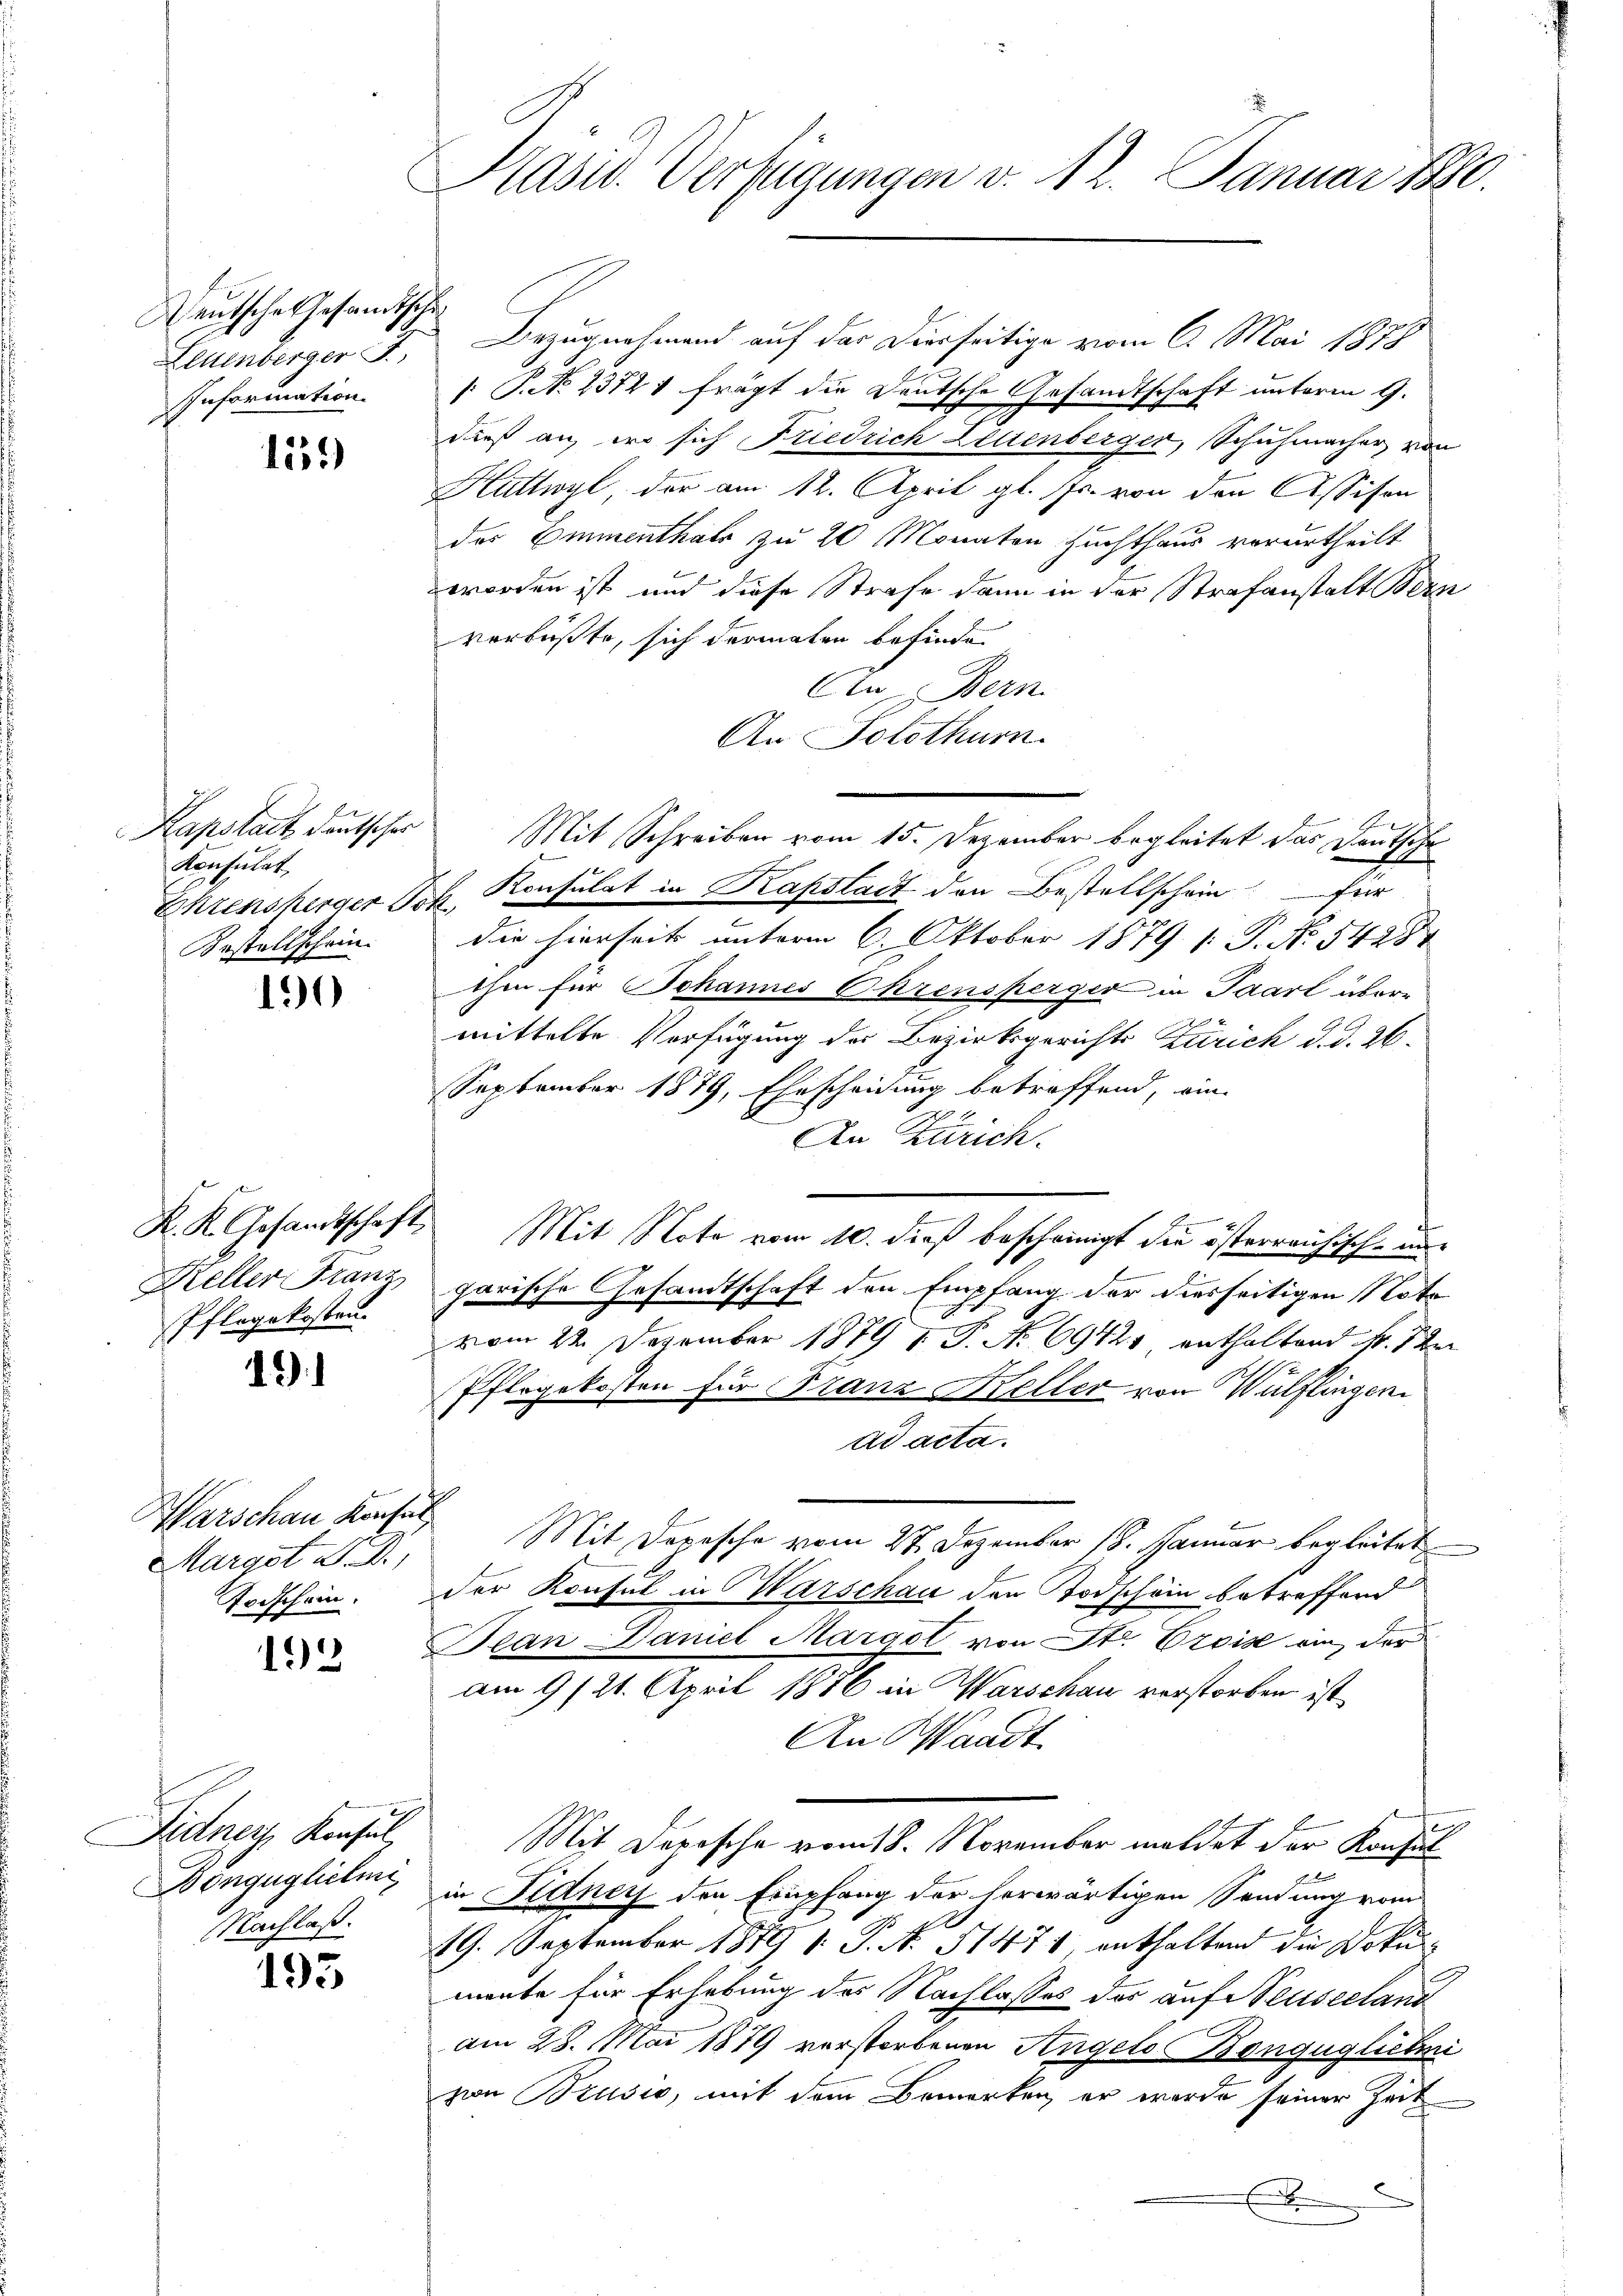
Deutsche Gesandtsche
Leuenberger J.
Information.

159)

Kapstadt deutscher
Konsulat
Bestellschein.

190

Keller Franz
Pflegekosten.

2

Warschau Konfer
Margst M. D.,

192

Fidney Konsul
Bonguglichen
Nachlaß.

193

Kasid. Verfügungen v. 12. Januar 1880.

Bezugnahmend auf das Dierseitige vom 6. Mai 1878
: P. No 23721 frägt die Deutsche Gesandtschaft unterm 9.
dieß an, wo sich Friedrich Zeitenberger, Schuhmacher von
Huttwyl, der am 12. April gl. Js. von den Assison
das Emmenthals zu 20 Monaten Zuchthaus verurtheilt
worden ist und diese Strafe dann in der Strafanstalt Bern
verbüßte, sich dermaten befinde.
An Bern.
An Solothurn.
Ehrensherger J. Konsulat in Kapstadt den Bestellschein für
die hierseits unterm 6. Oktober 1879 1. P. Nr. 5428
ihen für Johannes Ohrensperger in Paart übermittelte Verfügung der Bezirksgerichts Zürich d. d. 26.
September 1879, Ehescheidung betreffend, ein
An Zürich.
K. K. Gesandtschaft. Mit Note vom 10. dieß bescheinigt die österreichische un
garische Gesandtschaft den Empfang der diesseitigen Note
vom 2ten Dezember 1879 1 S. No 69421 enthaltend Fr. 5 de
Pfergekosten für Franz Keller von Wülflingen
ad acta.
Mit Dopische vom 27. Dezember 18. Januar begleitet
Todschein. Der Konsul in Warschau den Todschein betreffend
Bean Daniel Margot von Str. Erois ein, der
am 9/21. April 1886 in Warschau verstorben ist
An Waadt
Mit Depesche vom 18. November meldet der Konsul
in Fidney den Empfang der herwärtigen Sendung vom
d
d
19. September 1879 1. J. N. 11471, enthaltend die Dokunmente für Erhebung des Nachlasses der auf Neuseeland
am 28. Mai 1879 verstorbenen Angelo Bongüglichni
von Brusio, mit dem Bemerken, er wurde seiner Zeit
u
x

Mit Schreiben vom 15. Dezember begleitet das Deutsche